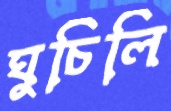
ঘুচিলি